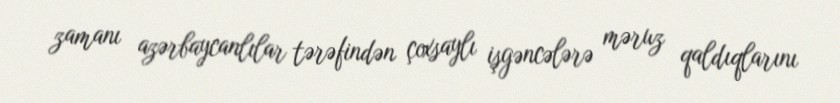
zamanı azərbaycanlılar tərəfindən çoxsaylı işgəncələrə məruz qaldıqlarını